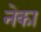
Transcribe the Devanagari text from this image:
नेका